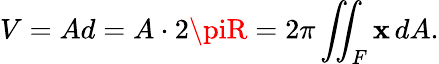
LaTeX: V=Ad=A\cdot2\piR=2\pi\iint_{F}\mathbf{x}\, dA.